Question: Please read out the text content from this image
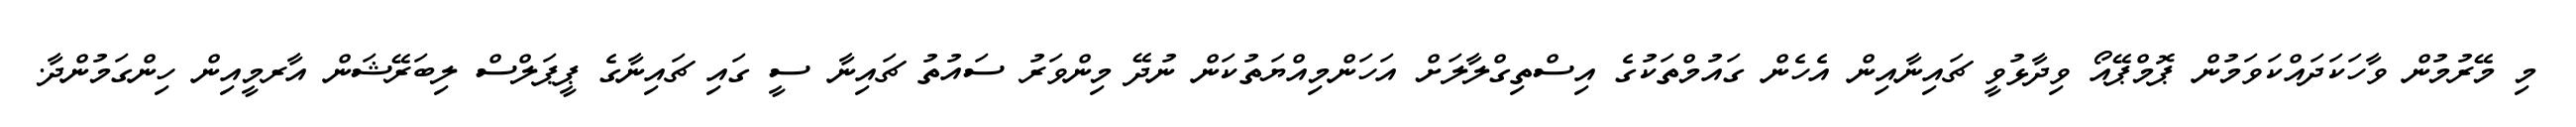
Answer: މި މޭރުމުން ވާހަކަދައްކަވަމުން ޕޮމްޕޭއޯ ވިދާޅުވީ ޗައިނާއިން އެހެން ގައުމްތަކުގެ އިސްތިގްލާލަށް އަހަންމިއްޔަތުކަން ނުދޭ މިންވަރު ސައުތު ޗައިނާ ސީ ގައި ޗައިނާގެ ޕީޕަލްސް ލިބަރޭޝަން އާރމީއިން ހިންގަމުންދާ.